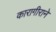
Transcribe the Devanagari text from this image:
कारागीराने